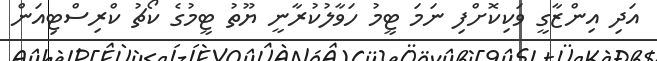
އަދި އިންޒާގީ ވަކިކޮށްފި ނަމަ ޓީމު ހަވާލުކުރާނީ ޔޫތު ޓީމުގެ ކޯޗު ކްރިސްޓިއަން